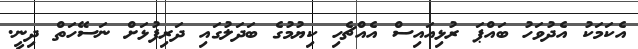
އެކަމަކު އެދުވަހު ބައްޕަ ރުޅިއައިސް އެއްޗެހި ކިޔުމުގެ ބަދަލުގައި ދަރިފުޅަށް ނަސޭހަތް ދިނީ.